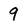
Character: 9